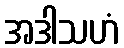
အဒါသဟံ